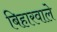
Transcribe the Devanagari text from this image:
बिहारवाले